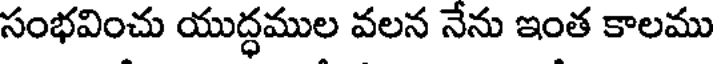
సంభవించు యుద్ధముల వలన నేను ఇంత కాలము